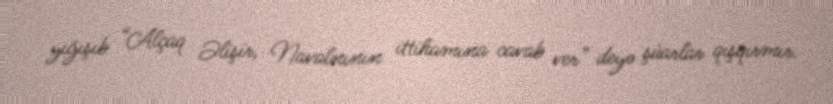
yığışıb “Alçaq Əlişir, Navalnının ittihamına cavab ver” deyə şüarlar qışqırmır.